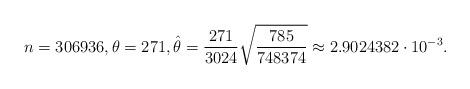
LaTeX: \begin{align*} n=306936,\theta=271,\hat\theta=\frac{271}{3024}\sqrt{\frac{785}{748374}}\approx 2.9024382\cdot 10^{-3}.\end{align*}